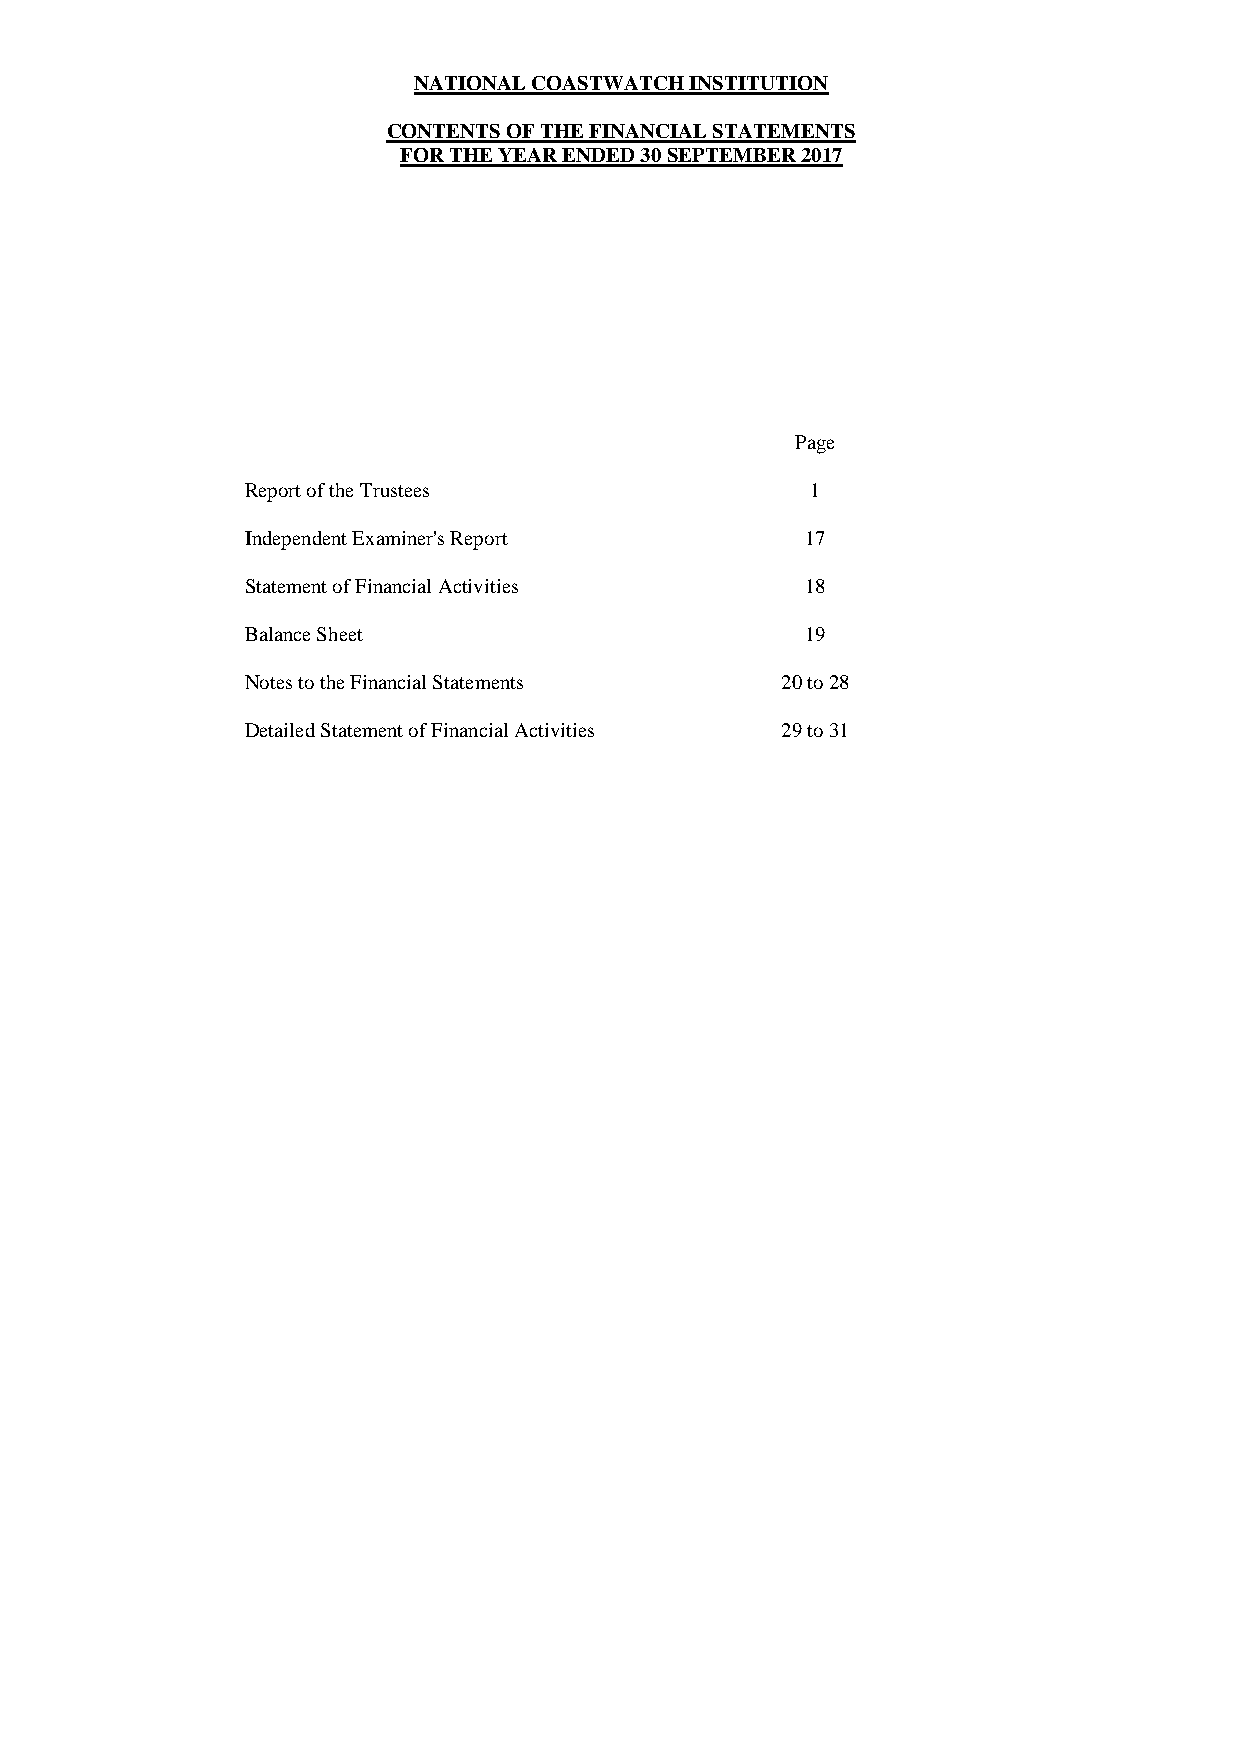
NATIONAL COASTWATCH INSTITUTION
 CONTENTS OF THE FINANCIAL STATEMENTS
 FOR THE YEAR ENDED 30 SEPTEMBER 2017
 Page
 Report of the Trustees                1
 Independent Examiner's Report        17
 Statement of Financial Activities    18
 Balance Sheet                        19
 Notes to the Financial Statements   20 to 28
 Detailed Statement of Financial Activities 29 to 31